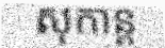
សុកាន្ត